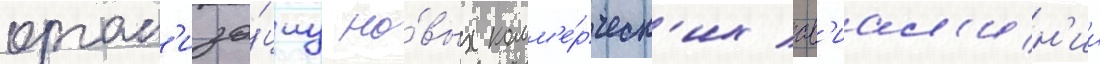
орган'иза́циу но́вых комм'е́рческ'их ав'иал'ин'ии